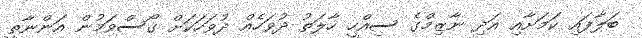
ބަލާފައި ކަމަށާއި އަދި ނާޒިމްގެ ސިއްހީ ހާލަތު ދުވަހެއް ދުވަހަކަށް ގޯސްވަމުން އަންނާތީ